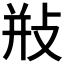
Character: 𢼩